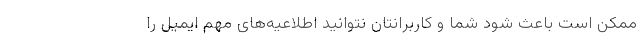
ممکن است باعث شود شما و کاربرانتان نتوانید اطلاعیه‌های مهم ایمیل را